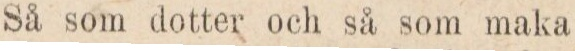
Så som dotter och så som maka